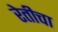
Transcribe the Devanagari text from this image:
रेतीचा